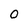
Character: O